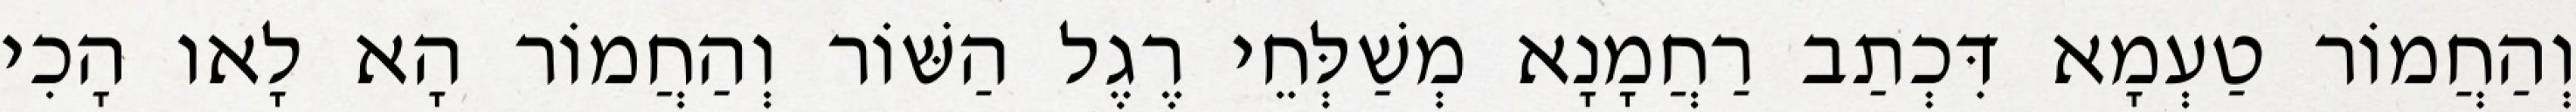
וְהַחֲמוֹר טַעְמָא דִּכְתַב רַחֲמָנָא מְשַׁלְּחֵי רֶגֶל הַשּׁוֹר וְהַחֲמוֹר הָא לָאו הָכִי